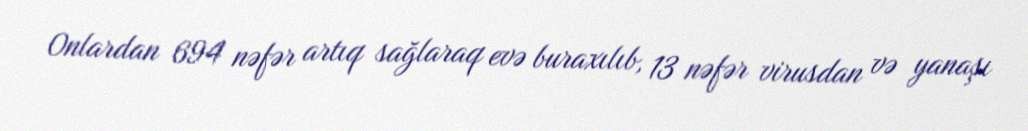
Onlardan 694 nəfər artıq sağlaraq evə buraxılıb, 13 nəfər virusdan və yanaşı